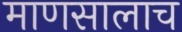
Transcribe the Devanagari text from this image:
माणसालाच